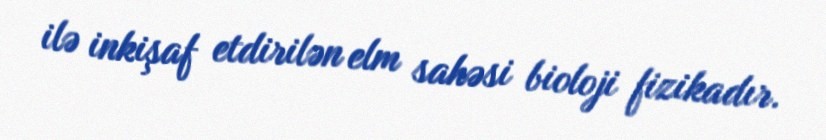
ilə inkişaf etdirilən elm sahəsi bioloji fizikadır.